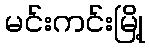
မင်းကင်းမြို့